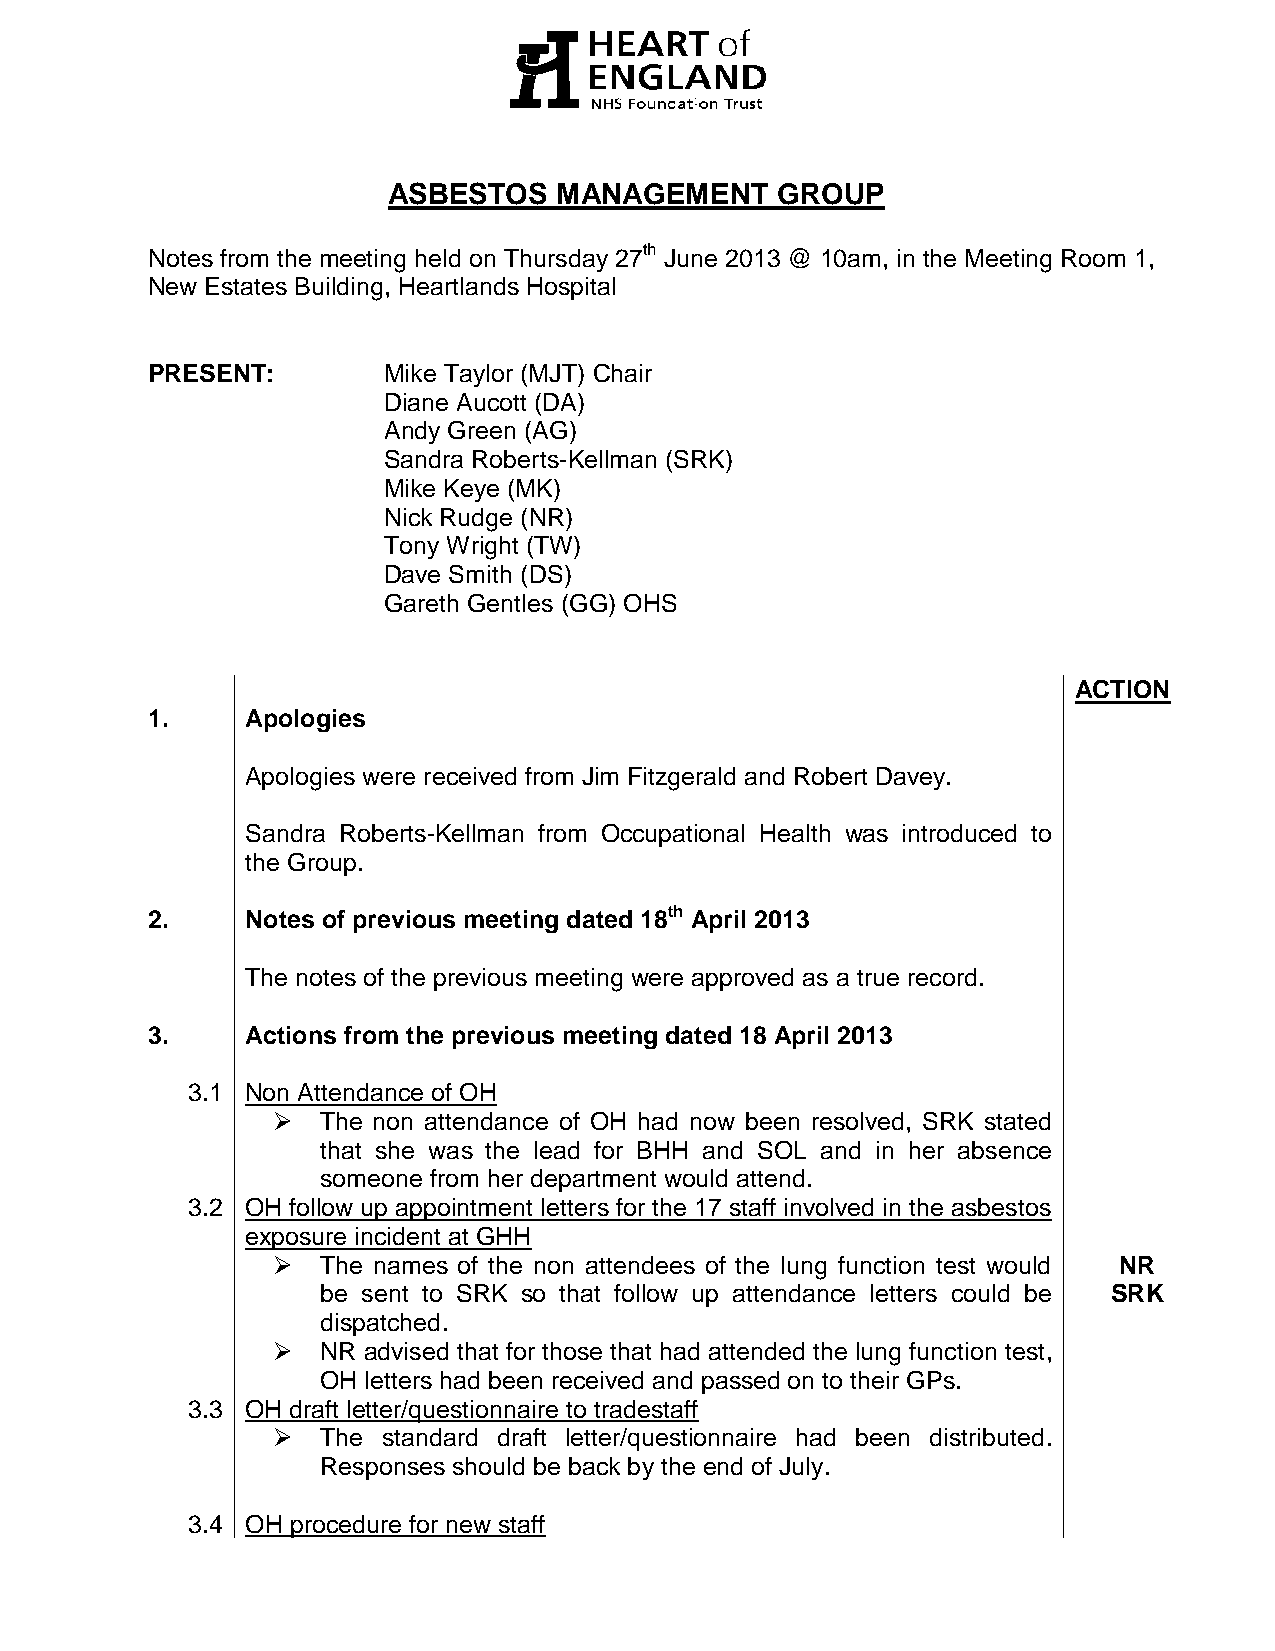
ASBESTOS   MANAGEMENT    GROUP
 Notes from the meeting held on Thursday 27th June 2013 @ 10am, in the Meeting Room 1,
 New Estates Building, Heartlands Hospital
 PRESENT:       Mike Taylor (MJT) Chair
 Diane Aucott (DA)
 Andy Green (AG)
 Sandra Roberts-Kellman (SRK)
 Mike Keye (MK)
 Nick Rudge (NR)
 Tony Wright (TW)
 Dave Smith (DS)
 Gareth Gentles (GG) OHS
 ACTION
 1.    Apologies
 Apologies were received from Jim Fitzgerald and Robert Davey.
 Sandra Roberts-Kellman from Occupational Health was introduced to
 the Group.
 2.    Notes of previous meeting dated 18th April 2013
 The notes of the previous meeting were approved as a true record.
 3.    Actions from the previous meeting dated 18 April 2013
 3.1 Non Attendance of OH
   The non attendance of OH had now been resolved, SRK stated
 that she was the lead for BHH and SOL and in her absence
 someone from her department would attend.
 3.2 OH follow up appointment letters for the 17 staff involved in the asbestos
 exposure incident at GHH
   The names of the non attendees of the lung function test would NR
 be sent to SRK so that follow up attendance letters could be SRK
 dispatched.
   NR advised that for those that had attended the lung function test,
 OH letters had been received and passed on to their GPs.
 3.3 OH draft letter/questionnaire to tradestaff
   The standard draft letter/questionnaire had been distributed.
 Responses should be back by the end of July.
 3.4 OH procedure for new staff